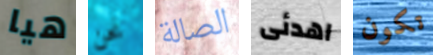
هيا نحن الصالة اهدئى تكون